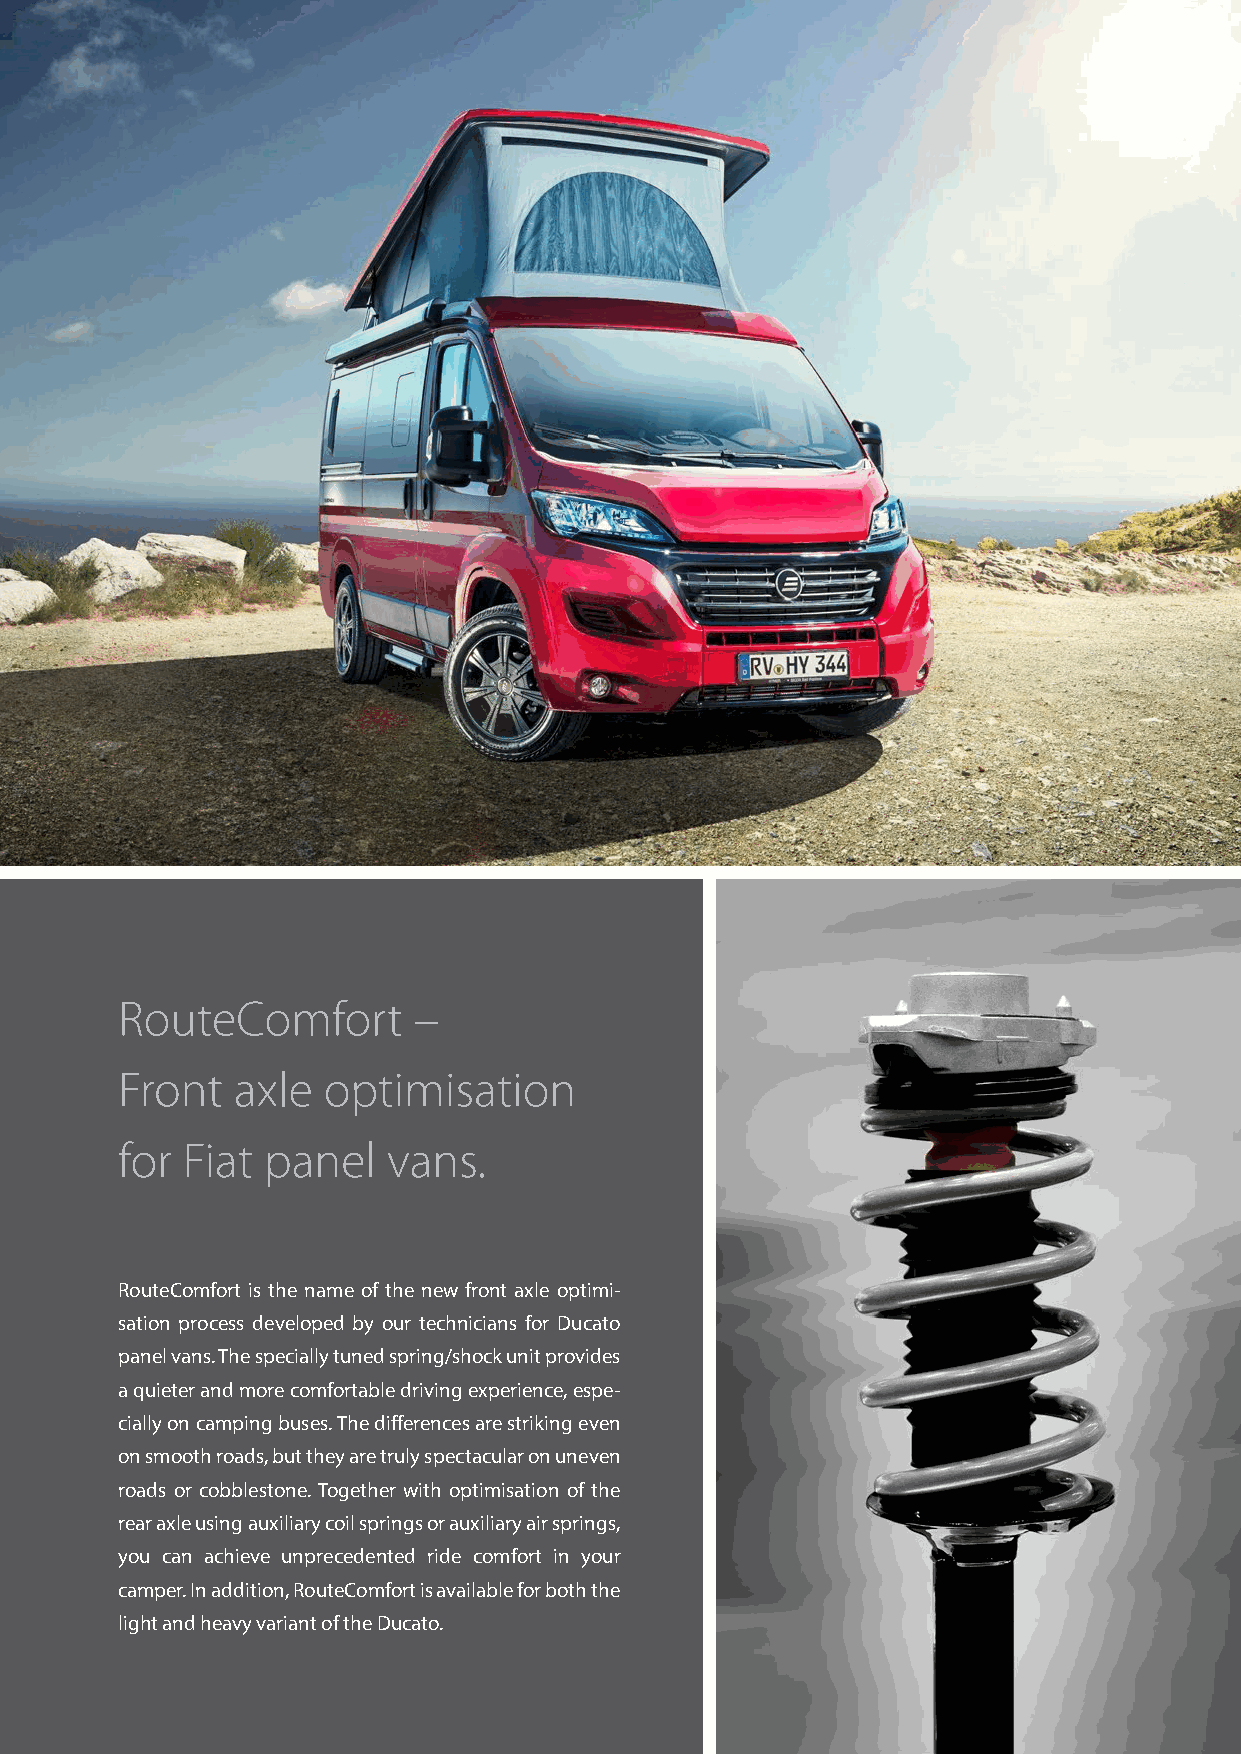
RouteComfort       –
 Front  axle  optimisation
 for Fiat panel    vans.
 RouteComfort is the name of the new front axle optimi-
 sation process developed by our technicians for Ducato
 panel vans. The specially tuned spring/shock unit provides
 a quieter and more comfortable driving experience, espe-
 cially on camping buses. The differences are striking even
 on smooth roads, but they are truly spectacular on uneven
 roads or cobblestone. Together with optimisation of the
 rear axle using auxiliary coil springs or auxiliary air springs,
 you can achieve unprecedented ride comfort in your
 camper. In addition, RouteComfort is available for both the
 light and heavy variant of the Ducato.
 25